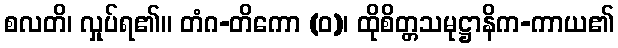
စလတိ၊ လှုပ်ရ၏။ တံဂ-တိကော (ဝ)၊ ထိုစိတ္တသမုဋ္ဌာနိက-ကာယ၏